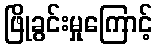
ဖြိုခွင်းမှုကြောင့်